65_HS1-834228961_62-HQ-83894_Section_3
Agency: FBI
Page 72
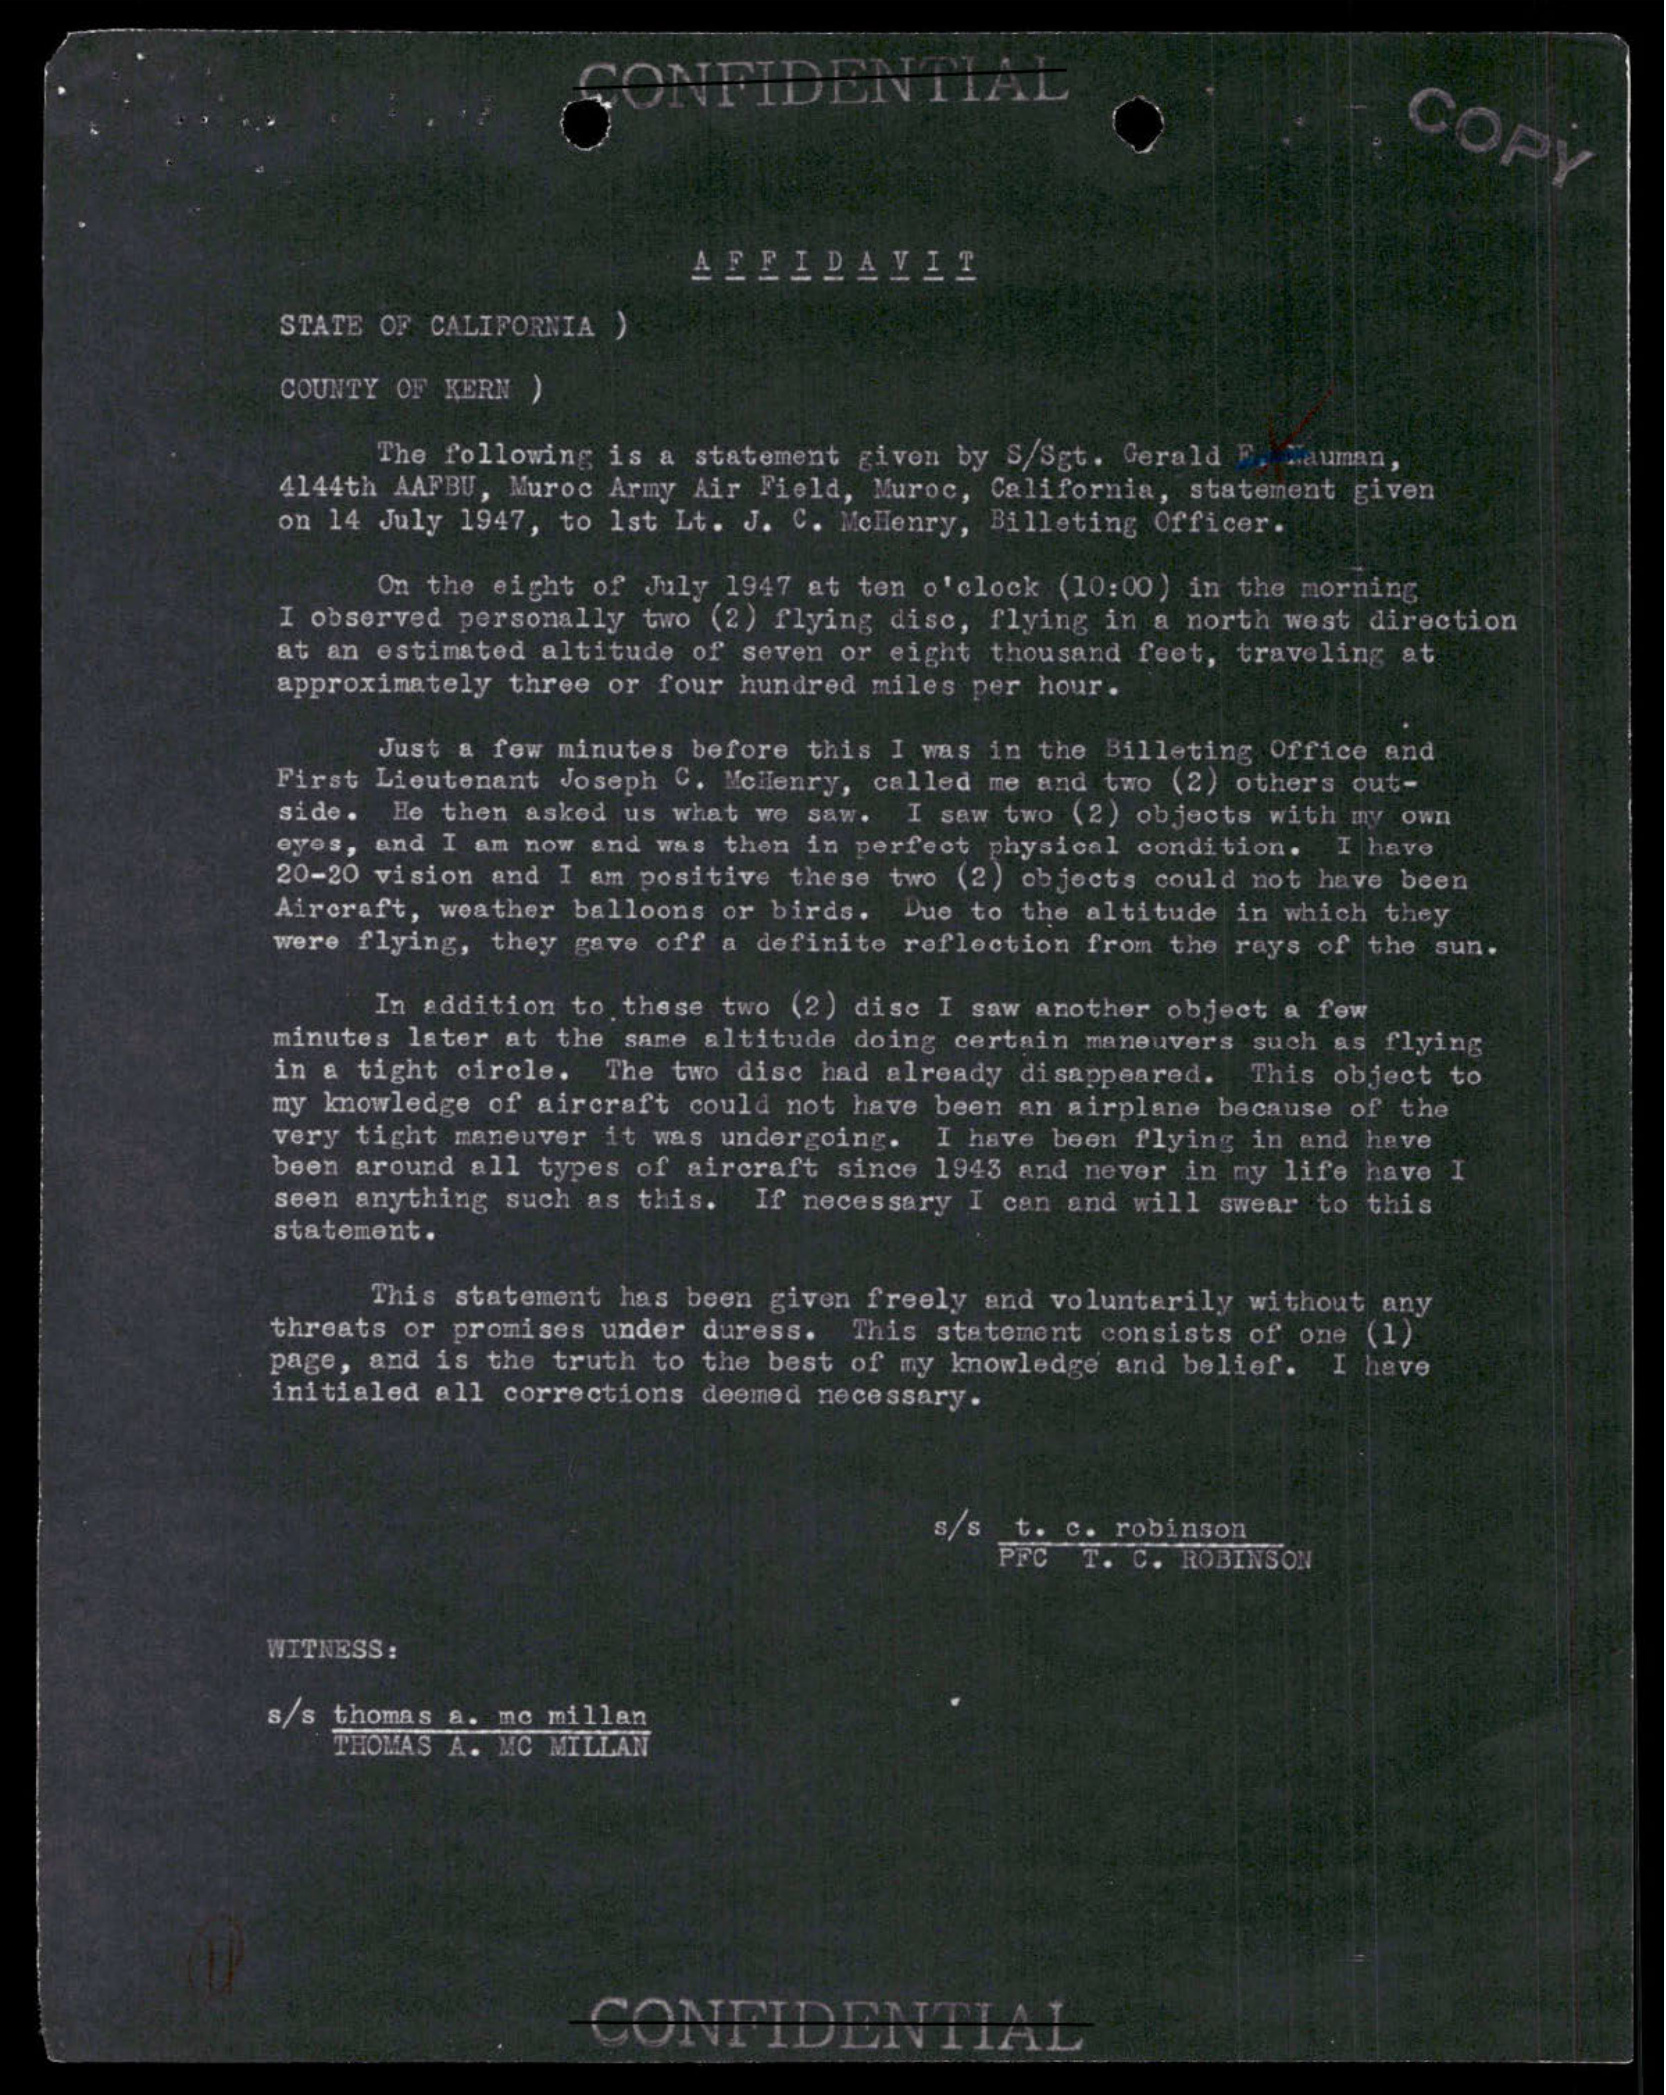